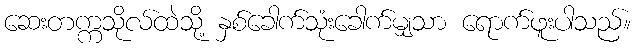
ဆေးတက္ကသိုလ်ထဲသို့ နှစ်ခေါက်သုံးခေါက်မျှသာ ရောက်ဖူးပါသည်။